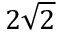
2 \sqrt { 2 }